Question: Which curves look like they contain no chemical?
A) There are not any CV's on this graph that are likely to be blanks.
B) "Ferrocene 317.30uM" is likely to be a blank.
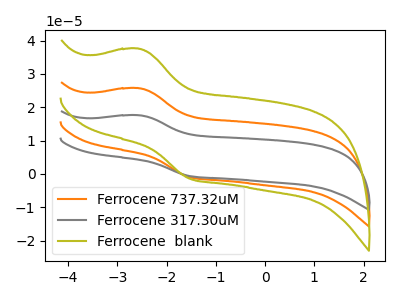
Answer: <think>The orange curve "Ferrocene 737.32uM" has an anodic peak at (-2.55V, 25.70uA) and a cathodic peak at (-1.50V, -1.05uA). The gray curve "Ferrocene 317.30uM" has an anodic peak at (-2.55V, 51.45uA) and a cathodic peak at (-1.50V, -2.05uA). The olive curve "Ferrocene  blank" has an anodic peak at (-2.55V, 37.60uA) and a cathodic peak at (-1.50V, -1.50uA).</think>
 <answer>A) There are not any CV's on this graph that are likely to be blanks.</answer>
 <eval>A</eval>